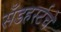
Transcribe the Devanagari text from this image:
सँडहर्स्टचे